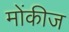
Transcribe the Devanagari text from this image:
मोंकीज